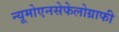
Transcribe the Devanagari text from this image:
न्यूमोएनसेफेलोग्राफी